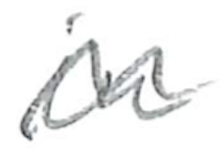
Text: in
Cross-out: wave
Writing tool: pencil